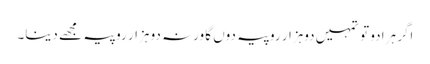
اگر ہرا دو تو تمہیں دوہزار روپیہ دوں گا ورنہ دو ہزار روپیہ مجھے دینا۔